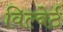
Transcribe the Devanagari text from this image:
विल्बेर्ट